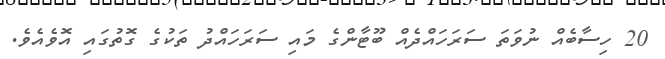
20 ހިސާބެއް ނުވަތަ ސަރަހައްދެއް ބޫޓާންގެ މައި ސަރަހައްދު ތަކުގެ ގޮތުގައި އޮވެއެވެ.